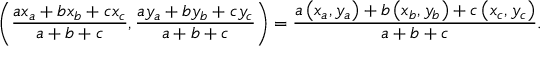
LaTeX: \left( { \frac { a x _ { a } + b x _ { b } + c x _ { c } } { a + b + c } } , { \frac { a y _ { a } + b y _ { b } + c y _ { c } } { a + b + c } } \right) = { \frac { a \left( x _ { a } , y _ { a } \right) + b \left( x _ { b } , y _ { b } \right) + c \left( x _ { c } , y _ { c } \right) } { a + b + c } } .